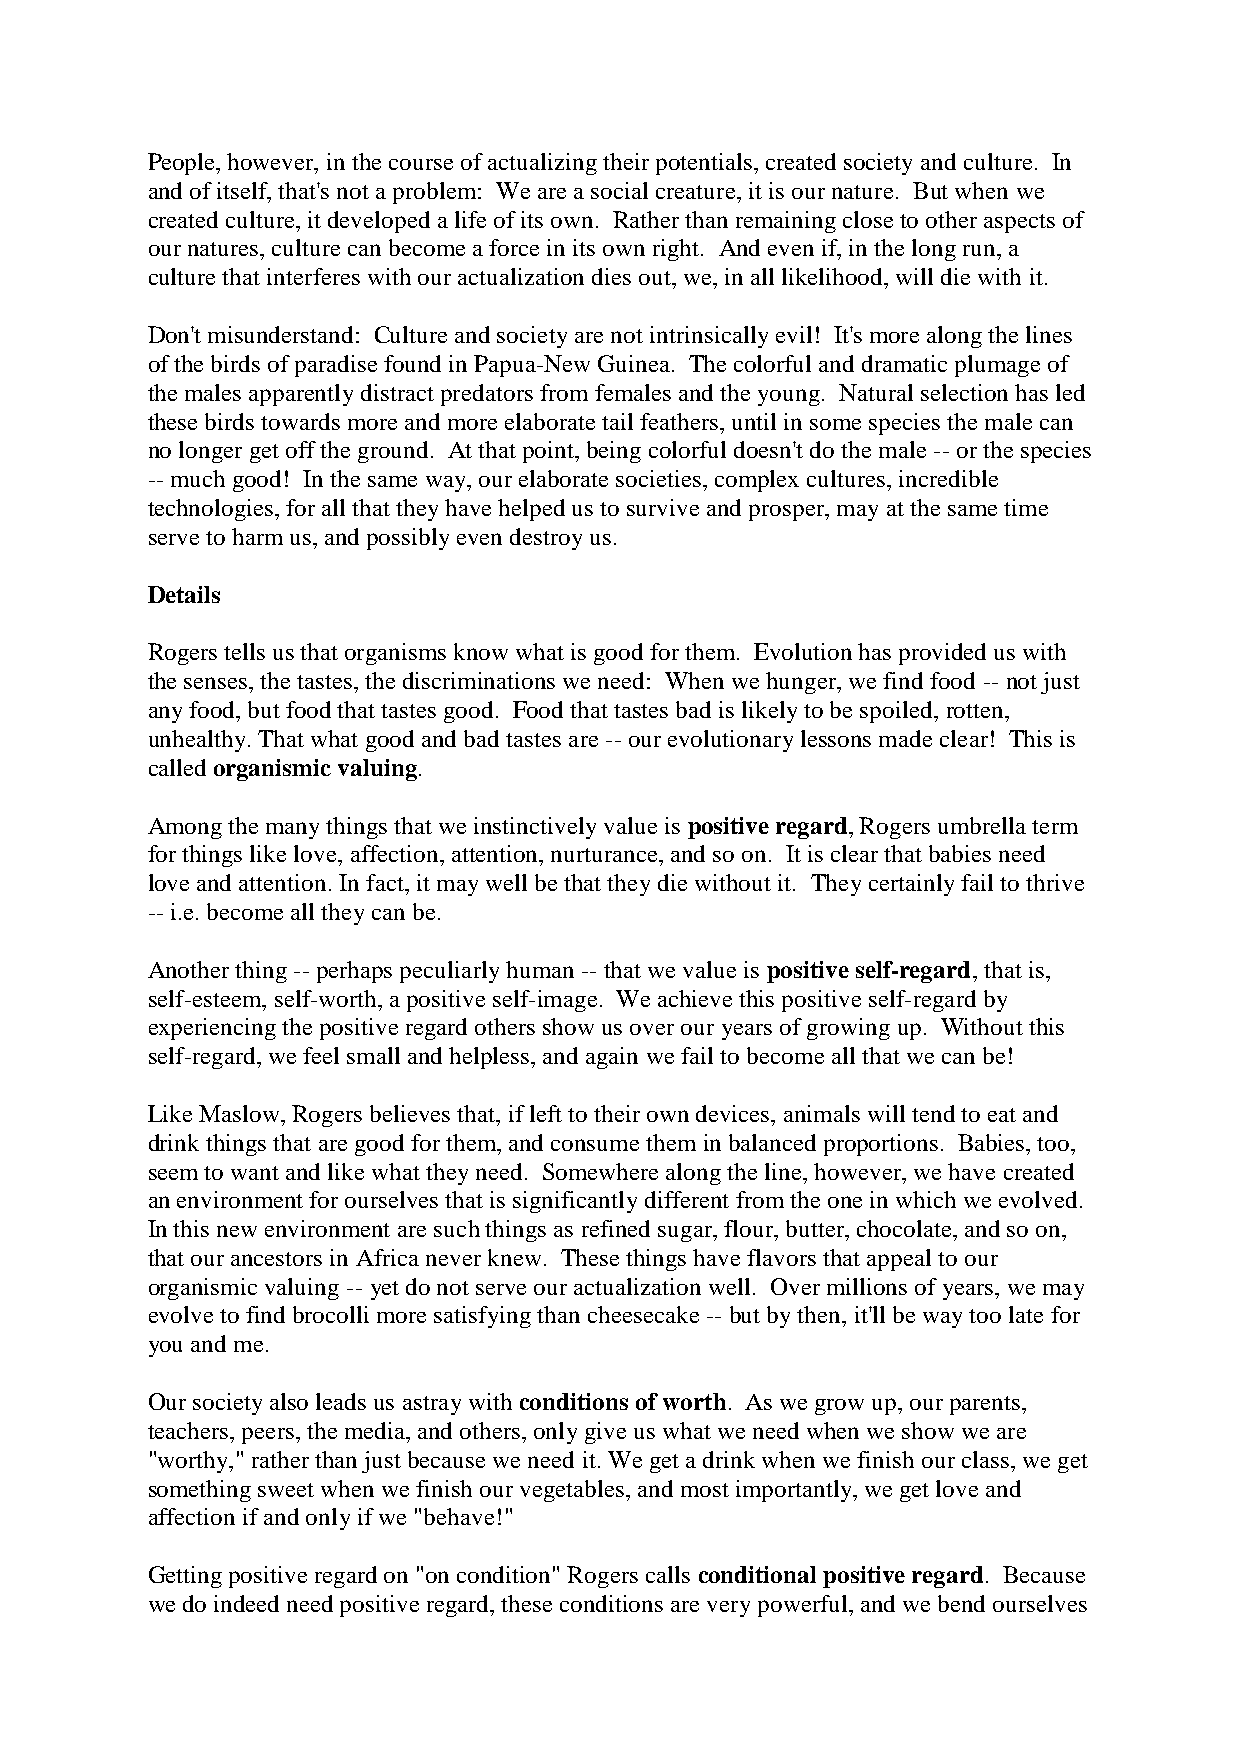
People, however, in the course of actualizing their potentials, created society and culture. In
 and of itself, that's not a problem: We are a social creature, it is our nature. But when we
 created culture, it developed a life of its own. Rather than remaining close to other aspects of
 our natures, culture can become a force in its own right. And even if, in the long run, a
 culture that interferes with our actualization dies out, we, in all likelihood, will die with it.
 Don't misunderstand: Culture and society are not intrinsically evil! It's more along the lines
 of the birds of paradise found in Papua-New Guinea. The colorful and dramatic plumage of
 the males apparently distract predators from females and the young. Natural selection has led
 these birds towards more and more elaborate tail feathers, until in some species the male can
 no longer get off the ground. At that point, being colorful doesn't do the male -- or the species
 -- much good! In the same way, our elaborate societies, complex cultures, incredible
 technologies, for all that they have helped us to survive and prosper, may at the same time
 serve to harm us, and possibly even destroy us.
 Details
 Rogers tells us that organisms know what is good for them. Evolution has provided us with
 the senses, the tastes, the discriminations we need: When we hunger, we find food -- not just
 any food, but food that tastes good. Food that tastes bad is likely to be spoiled, rotten,
 unhealthy. That what good and bad tastes are -- our evolutionary lessons made clear! This is
 called organismic valuing.
 Among the many things that we instinctively value is positive regard, Rogers umbrella term
 for things like love, affection, attention, nurturance, and so on. It is clear that babies need
 love and attention. In fact, it may well be that they die without it. They certainly fail to thrive
 -- i.e. become all they can be.
 Another thing -- perhaps peculiarly human -- that we value is positive self-regard, that is,
 self-esteem, self-worth, a positive self-image. We achieve this positive self-regard by
 experiencing the positive regard others show us over our years of growing up. Without this
 self-regard, we feel small and helpless, and again we fail to become all that we can be!
 Like Maslow, Rogers believes that, if left to their own devices, animals will tend to eat and
 drink things that are good for them, and consume them in balanced proportions. Babies, too,
 seem to want and like what they need. Somewhere along the line, however, we have created
 an environment for ourselves that is significantly different from the one in which we evolved.
 In this new environment are such things as refined sugar, flour, butter, chocolate, and so on,
 that our ancestors in Africa never knew. These things have flavors that appeal to our
 organismic valuing -- yet do not serve our actualization well. Over millions of years, we may
 evolve to find brocolli more satisfying than cheesecake -- but by then, it'll be way too late for
 you and me.
 Our society also leads us astray with conditions of worth. As we grow up, our parents,
 teachers, peers, the media, and others, only give us what we need when we show we are
 "worthy," rather than just because we need it. We get a drink when we finish our class, we get
 something sweet when we finish our vegetables, and most importantly, we get love and
 affection if and only if we "behave!"
 Getting positive regard on "on condition" Rogers calls conditional positive regard. Because
 we do indeed need positive regard, these conditions are very powerful, and we bend ourselves